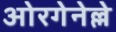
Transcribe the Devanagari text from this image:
ओरगेनेल्ले